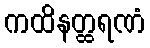
ကထိနတ္ထရဏံ